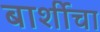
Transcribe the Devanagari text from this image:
बार्शीचा